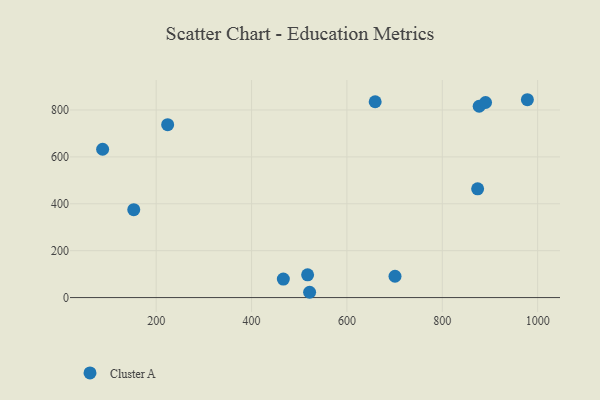
{"axis": {"x": "Experience", "y": "Demand"}, "legend": ["Cluster A"], "data": [{"x": "700.9", "y": 90.9, "type": "Cluster A"}, {"x": "521.8", "y": 22.6, "type": "Cluster A"}, {"x": "153.0", "y": 374.7, "type": "Cluster A"}, {"x": "87.7", "y": 632.6, "type": "Cluster A"}, {"x": "659.3", "y": 835.2, "type": "Cluster A"}, {"x": "877.4", "y": 815.9, "type": "Cluster A"}, {"x": "978.5", "y": 843.8, "type": "Cluster A"}, {"x": "890.8", "y": 831.9, "type": "Cluster A"}, {"x": "224.1", "y": 737.6, "type": "Cluster A"}, {"x": "517.6", "y": 96.9, "type": "Cluster A"}, {"x": "466.7", "y": 78.8, "type": "Cluster A"}, {"x": "874.2", "y": 463.6, "type": "Cluster A"}]}